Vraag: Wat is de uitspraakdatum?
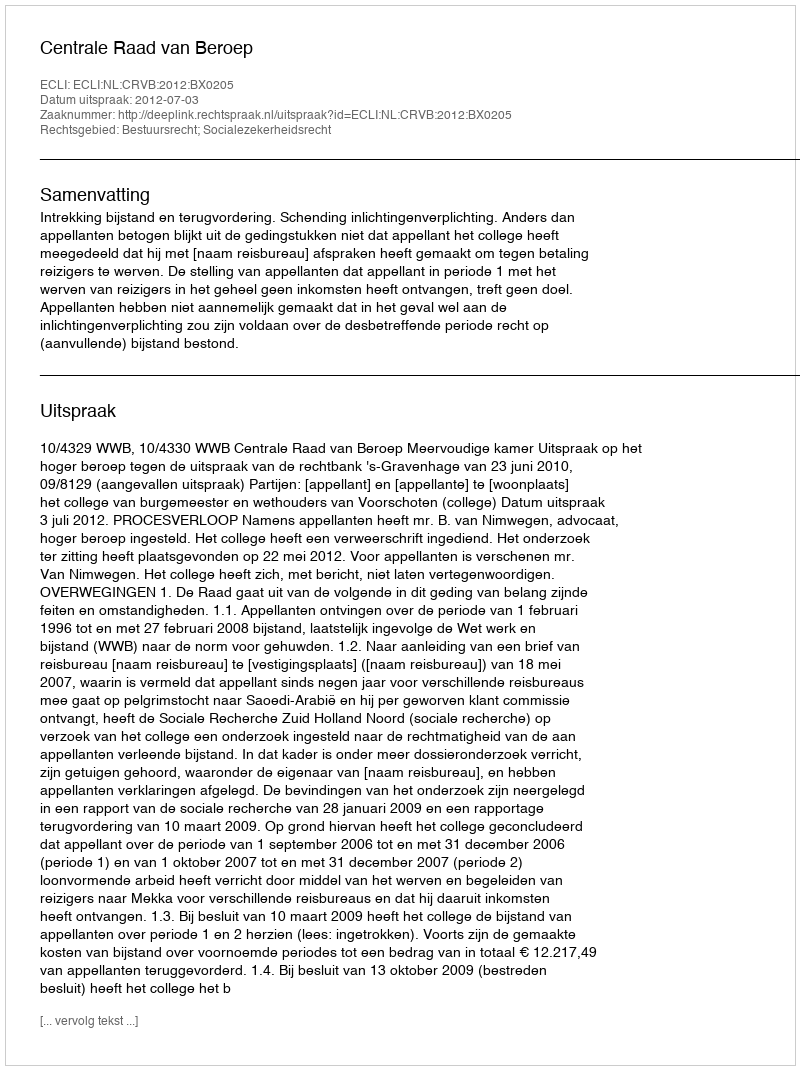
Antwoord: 2012-07-03